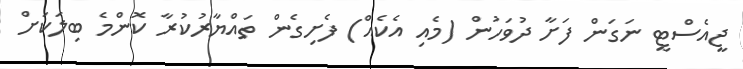
ޖީއެސްޓީ ނަގަން ފަށާ ދުވަހުން (މެއި އެކެއް) ފެށިގެން ތައްޔާރުކުރާ ކޮންމެ ބިލަކަށް